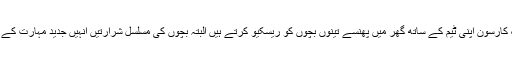
جب فائر سپرنٹینڈینٹ جیک کارسون اپنی ٹیم کے ساتھ گھر میں پھنسے تینوں بچوں کو ریسکیو کرتے ہیں البتہ بچوں کی مسلسل شرارتیں انہیں جدید مہارت کے باوجود پریشان کردیتی ہیں۔